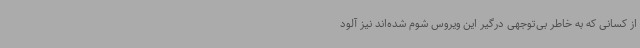
از کسانی که به خاطر بی‌توجهی درگیر این ویروس شوم شده‌اند نیز آلود